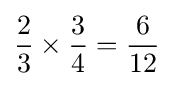
{\frac {2}{3}}\times {\frac {3}{4}}={\frac {6}{12}}